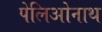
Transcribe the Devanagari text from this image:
पेलिओनाथ